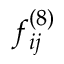
f _ { i j } ^ { ( 8 ) }